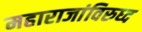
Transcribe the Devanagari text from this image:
महाराजांविरुध्द